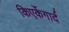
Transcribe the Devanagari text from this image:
किएर्केगार्द